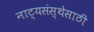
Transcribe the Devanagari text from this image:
नाट्यसंस्थेसाठी